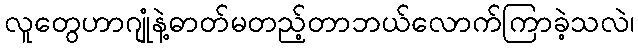
လူတွေဟာဂျုံနဲ့ဓာတ်မတည့်တာဘယ်လောက်ကြာခဲ့သလဲ၊